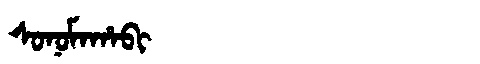
Manchu: ᠰᠣᠨᠣᠮᠠᡥᠠᠪᡳ
Romanization: SONOMAHABI